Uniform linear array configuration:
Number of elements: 64
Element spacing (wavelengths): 0.75
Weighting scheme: binomial
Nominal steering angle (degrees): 45
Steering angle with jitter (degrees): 46.731
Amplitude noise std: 0.05
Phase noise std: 0.05

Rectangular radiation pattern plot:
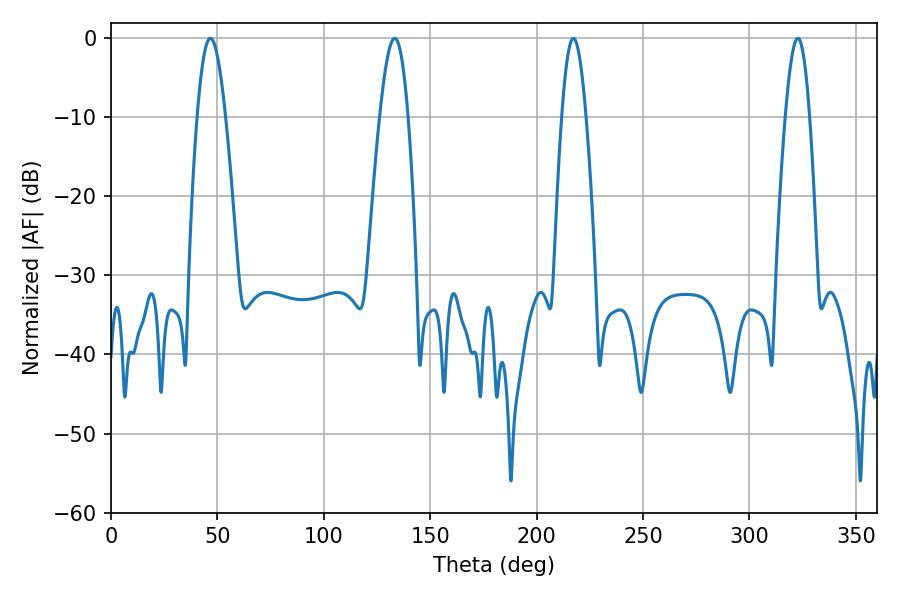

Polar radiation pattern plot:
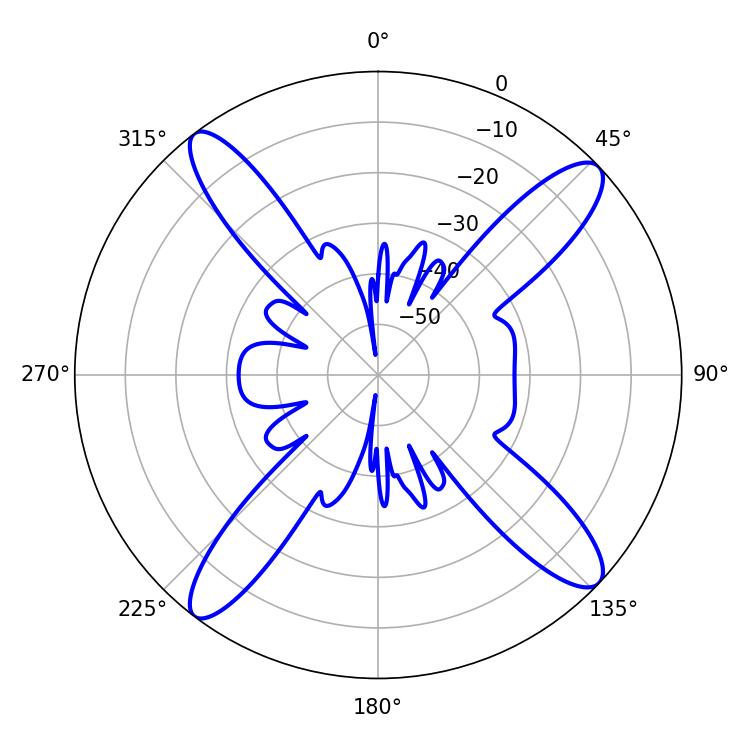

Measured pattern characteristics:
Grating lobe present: TRUE
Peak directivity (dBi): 15.424
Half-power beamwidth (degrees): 6.12
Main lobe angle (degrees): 217.26